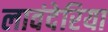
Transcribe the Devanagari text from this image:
लावंदेरिया